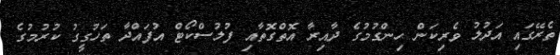
ތެރޭގައި އަދުލު ވެރިކަން ހިންގުމުގެ ދާއިރާ އޮތްގޮތާއި ފުލުސްކޯޓް އުފައްދާ ތަހުގީގު ކުރުމުގެ